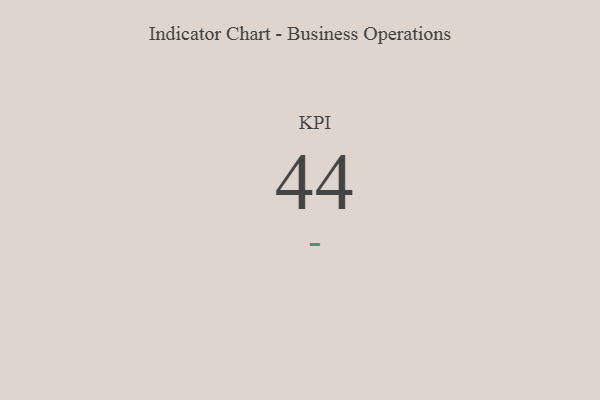
{"axis": {"x": "KPI", "y": "Value"}, "legend": [""], "data": [{"x": "KPI", "y": 44, "type": ""}]}